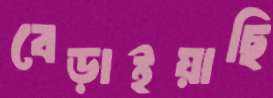
বেড়াইয়াছি